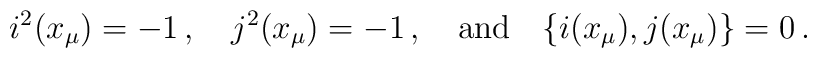
i^2(x_{\mu}) = -1\,,\quad j^2(x_{\mu})=-1\,,\quad\mbox{and}\quad\{i(x_{\mu}),j(x_{\mu})\}=0\,.